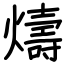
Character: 燽